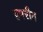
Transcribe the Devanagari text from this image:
हमरीन